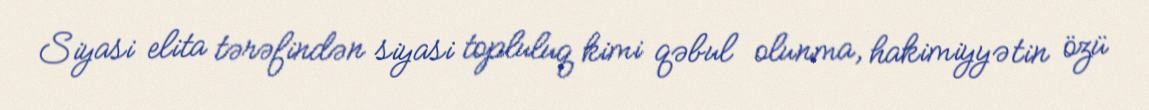
Siyasi elita tərəfindən siyasi topluluq kimi qəbul olunma, hakimiyyətin özü